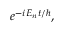
e ^ { { - i E _ { n } t } / \hbar } ,